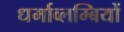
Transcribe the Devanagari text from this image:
धर्माव्लम्बियों